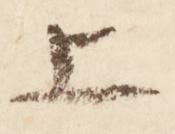
上